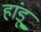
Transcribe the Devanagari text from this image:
हांडू